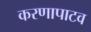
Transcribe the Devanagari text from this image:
करणापाटव